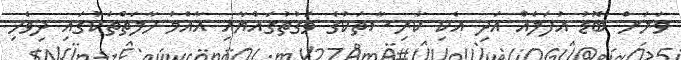
ވަރަށް ބޮޑު އުފަލެއް އަދި އެކި ކާރިސާތަކުގެ ވަގުތުގައްޔާއި އާއްމު ހާލަތްތަކުގައި ދިވެހި